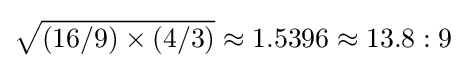
{\sqrt {(16/9)\times (4/3)}}\approx 1.5396\approx 13.8:9